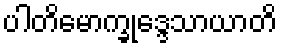
ပါတိမောက္ခုဒ္ဒေသာယာတိ